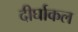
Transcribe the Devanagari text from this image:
दीर्घाकल